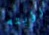
رؤيته